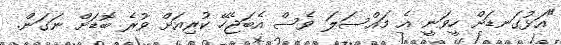
"އަޅުގަނޑަށް ހީވަނީ އެ މައްސަލަ ވެސް އެބަޖެހޭ ކުރިއަށް ވުރެ ބޮޑަށް ނަގަން.